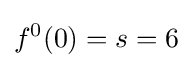
f^{0}(0)=s=6